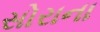
સોરાના